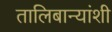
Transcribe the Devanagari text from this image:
तालिबान्यांशी